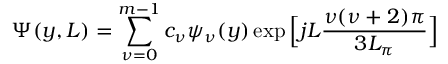
\Psi ( y , L ) = \sum _ { \nu = 0 } ^ { m - 1 } c _ { \nu } \psi _ { \nu } ( y ) \exp { \Big [ j L \frac { \nu ( \nu + 2 ) \pi } { 3 L _ { \pi } } \Big ] }